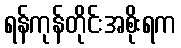
ရန်ကုန်တိုင်းအစိုးရက